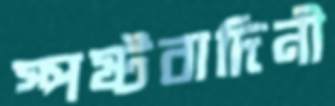
স্পষ্টবাদিনী